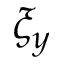
\xi _ { y }